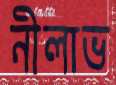
নীলাভ